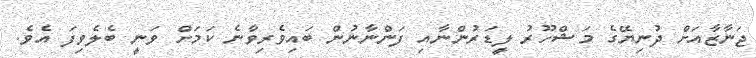
ޖަނާޒާއަށް ދުނިޔޭގެ މަޝްހޫރު ލީޑަރުންނާއި ފަންނާނުން ބައިވެރިވާނެ ކަމަށް ވަނީ ބެލެވިފަ އެވެ.